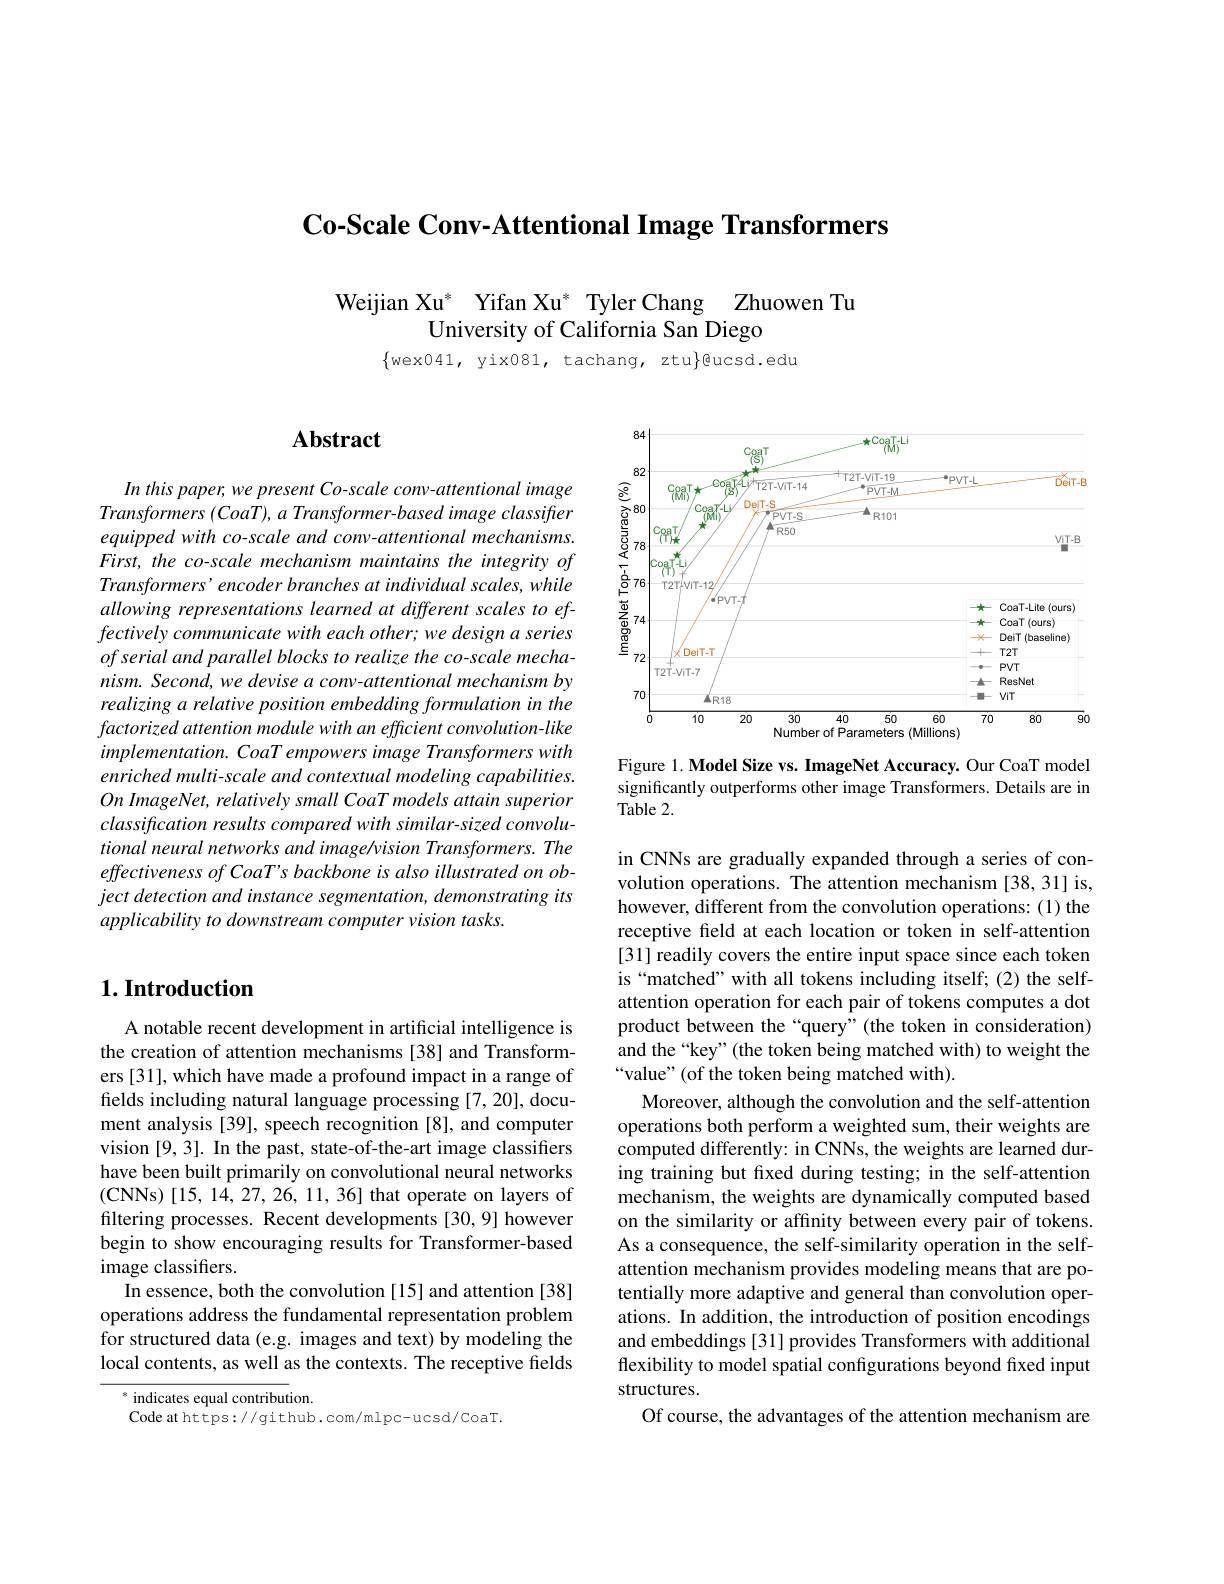
$\textbf{Co- Scale Conv- Attentional Image Transformers}$

Weijian Xu$^*$ Yifan Xu$^*$ Tyler Chang Zhuowen Tu
University of California San Diego
$\{$wex041, yix081, tachang, ztu$\}$@ucsd.edu

# Abstract

In this paper, we present Co-scale conv-attentional image Transformers (CoaT), a Transformer-based image classifier equipped with co-scale and conv-attentional mechanisms. First, the co-scale mechanism maintains the integrity of Transformers' encoder branches at individual scales, while allowing representations learned at different scales to effectively communicate with each other; we design a series $ofserialandparallelblockstorealizetheco-scalemecha-$ $nism. Second, we\textit{ devise a conv- attentional mechanism by}$ realizing a relative position embedding formulation in the factorized attention module with an efficient convolution-like $implementation.CoaTempowersimage$ Transformers with enriched multi-scale and contextual modeling capabilities. On ImageNet, relatively small CoaT models attain superior classification results compared with similar-sized convolutional neural networks and image/vision Transformers. The effectiveness of CoaT's backbone is also illustrated on object detection and instance segmentation, demonstrating its applicability to downstream computer vision tasks.

## $1. \textbf{Introduction}$

A notable recent development in artificial intelligence is the creation of attention mechanisms [38] and Transformers [31], which have made a profound impact in a range of fields including natural language processing [7,20], document analysis [39], speech recognition [8], and computer vision [9,3]. In the past, state-of-the-art image classifiers have been built primarily on convolutional neural networks $(\mathbf{CNNs})$ [15, 14, 27, 26, 11, 36] that operate on layers of filtering processes. Recent developments [30,9] however begin to show encouraging results for Transformer-based image classifiers.
In essence, both the convolution [15] and attention [38] operations address the fundamental representation problem for structured data (e.g. images and text) by modeling the local contents, as well as the contexts. The receptive felds

$^{*}$ indicates equal contribution.
Code at https://github. com/mlpc-ucsd/CoaT.

<FigureHere>

Figure 1. Model Size vs. ImageNet Accuracy. Our CoaT model significantly outperforms other image Transformers. Details are in $Table2.$

in CNNs are gradually expanded through a series of convolution operations. The attention mechanism [38,31] is, however, different from the convolution operations: (1) the receptive field at each location or token in self-attention [31] readily covers the entire input space since each token is“matched” with all tokens including itself; (2) the selfattention operation for each pair of tokens computes a dot product between the“query”(the token in consideration) and the“key”(the token being matched with) to weight the “value”(of the token being matched with).
Moreover, although the convolution and the self-attention operations both perform a weighted sum, their weights are computed differently: in CNNs, the weights are learned during training but fxed during testing; in the self-attention mechanism, the weights are dynamically computed based on the similarity or affinity between every pair of tokens. As a consequence, the self-similarity operation in the selfattention mechanism provides modeling means that are potentially more adaptive and general than convolution operations. In addition, the introduction of position encodings and embeddings [31] provides Transformers with additional flexibility to model spatial configurations beyond fixed input structures.
Of course, the advantages of the attention mechanism are